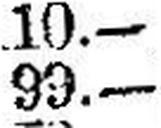
99.—